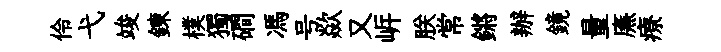
伶弋竣錬樸獨磵馮号歘又㟁朕常鏘辦鏡量㢘療